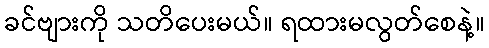
ခင်ဗျားကို သတိပေးမယ်။ ရထားမလွတ်စေနဲ့။